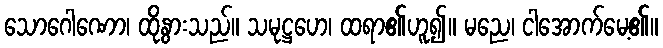
သောဂေါဏော၊ ထိုနွားသည်။ သမုဋ္ဌဟေ၊ ထရာ၏ဟူ၍။ မညေ၊ ငါအောက်မေ့၏။